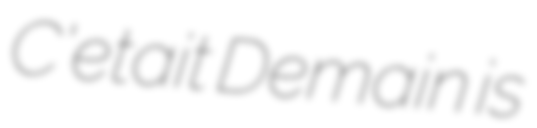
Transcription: C'etait Demain is